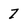
Character: 7